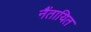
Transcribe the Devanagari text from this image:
नैंतायित